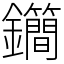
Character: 𨰝